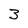
Character: 3